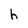
Character: h